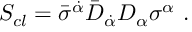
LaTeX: S _ { c l } = \bar { \sigma } ^ { \dot { \alpha } } \bar { D } _ { \dot { \alpha } } D _ { \alpha } \sigma ^ { \alpha } \ .